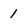
Character: 1